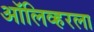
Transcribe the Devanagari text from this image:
ऑलिव्हरला